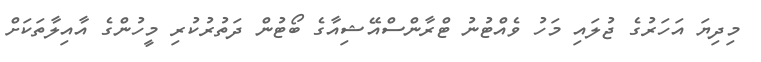
މިދިޔަ އަހަރުގެ ޖުލައި މަހު ވެއްޓުނު ޓްރާންސްއޭޝިއާގެ ބޯޓުން ދަތުރުކުރި މީހުންގެ އާއިލާތަކަށް